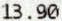
13.90